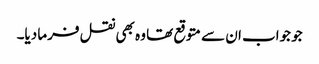
جو جواب ان سے متوقع تھا وہ بھی نقل فرما دیا۔